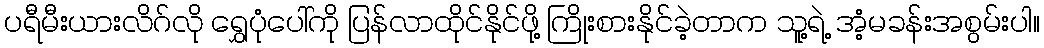
ပရီမီးယားလိဂ်လို ရွှေပုံပေါ်ကို ပြန်လာထိုင်နိုင်ဖို့ ကြိုးစားနိုင်ခဲ့တာက သူ့ရဲ့ အံ့မခန်းအစွမ်းပါ။